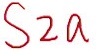
Text: S2a